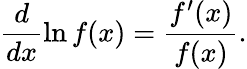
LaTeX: \frac{d}{dx}\ln f(x)=\frac{f^{\prime}(x)}{f(x)}.